Civil Veterinary Dept. Assam report 1911-1927 - 1911-1927
Year: 1911
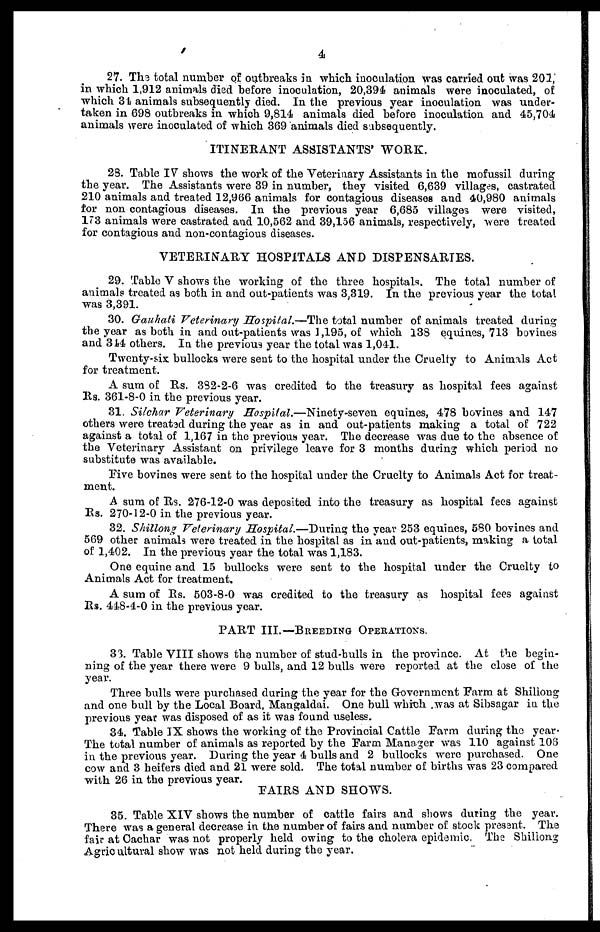
4
27. The total number of outbreaks in which inoculation was carried out was 201,
in which 1,912 animals died before inoculation, 20,394 animals were inoculated, of
which 34 animals subsequently died. In the previous year inoculation was under-
taken in 698 outbreaks in which 9,814 animals died before inoculation and 45,704
animals were inoculated of which 369 animals died subsequently.
ITINERANT ASSISTANTS' WORK.
29. Table IV shows the work of the Veterinary Assistants in the mofussil during
the year. The Assistants were 39 in number, they visited 6,639 villages, castrated
210 animals and treated 12,966 animals for contagious diseases and 40,980 animals
for non contagious diseases. In the previous year 6,685 villages were visited,
173 animals were castrated and 10,562 and 39,156 animals, respectively, were treated
for contagious and non-contagious diseases.
VETERINARY HOSPITALS AND DISPENSARIES.
29. Table V shows the working of the three hospitals. The total number of
animals treated as both in and out-patients was 3,319. In the previous year the total
was 3,391.
30. Gauhati Veterinary Hospital.—The total number of animals treated during
the year as both in and out-patients was 1,195, of which 138 equines, 713 bovines
and 344 others. In the previous year the total was 1,041.
Twenty-six bullocks were sent to the hospital under the Cruelty to Animals Act
for treatment.
A sum of Rs. 382-2-6 was credited to the treasury as hospital fees against
Rs. 361-8-0 in the previous year.
31. Silchar Veterinary Hospital.—Ninety-seven equines, 478 bovines and 147
others were treated during the year as in and out-patients making a total of 722
against a total of 1,167 in the previous year. The decrease was due to the absence of
the Veterinary Assistant on privilege leave for 3 months during which period no
substitute was available.
Five bovines were sent to the hospital under the Cruelty to Animals Act for treat-
ment.
A sum of Rs. 276-12-0 was deposited into the treasury as hospital fees against
Rs. 270-12-0 in the previous year.
32. Shillong Veterinary Hospital.—During the year 253 equines, 580 bovines and
569 other animals were treated in the hospital as in and out-patients, making a total
of 1,402. In the previous year the total was 1,183.
One equine and 15 bullocks were sent to the hospital under the Cruelty to
Animals Act for treatment.
A sum of Rs. 503-8-0 was credited to the treasury as hospital fees against
Rs. 448-4-0 in the previous year.
PART III.—BREEDING OPERATIONS.
33. Table VIII shows the number of stud-bulls in the province. At the begin-
ning of the year there were 9 bulls, and 12 bulls were reported at the close of the
year.
Three bulls were purchased during the year for the Government Farm at Shillong
and one bull by the Local Board, Mangaldai. One bull which was at Sibsagar in the
previous year was disposed of as it was found useless.
34. Table IX shows the working of the Provincial Cattle Farm during the year-
The total number of animals as reported by the Farm Manager was 110 against 103
in the previous year. During the year 4 bulls and 2 bullocks were purchased. One
cow and 3 heifers died and 21 were sold. The total number of births was 23 compared
with 26 in the previous year.
FAIRS AND SHOWS.
35. Table XIV shows the number of cattle fairs and shows during the year.
There was a general decrease in the number of fairs and number of stock present. The
fair at Cachar was not properly held owing to the cholera epidemic, The Shillong
Agricultural show was not held during the year.